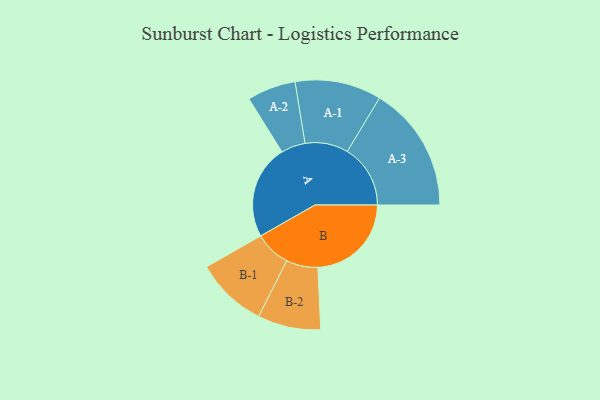
{"axis": {"x": "Segment", "y": "Value"}, "legend": ["", "A", "B"], "data": [{"x": "A", "y": 414, "type": ""}, {"x": "B", "y": 412, "type": ""}, {"x": "A-1", "y": 190, "type": "A"}, {"x": "A-2", "y": 107, "type": "A"}, {"x": "A-3", "y": 278, "type": "A"}, {"x": "B-1", "y": 158, "type": "B"}, {"x": "B-2", "y": 139, "type": "B"}]}